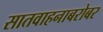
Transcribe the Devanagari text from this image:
सातवाहनाबरोबर